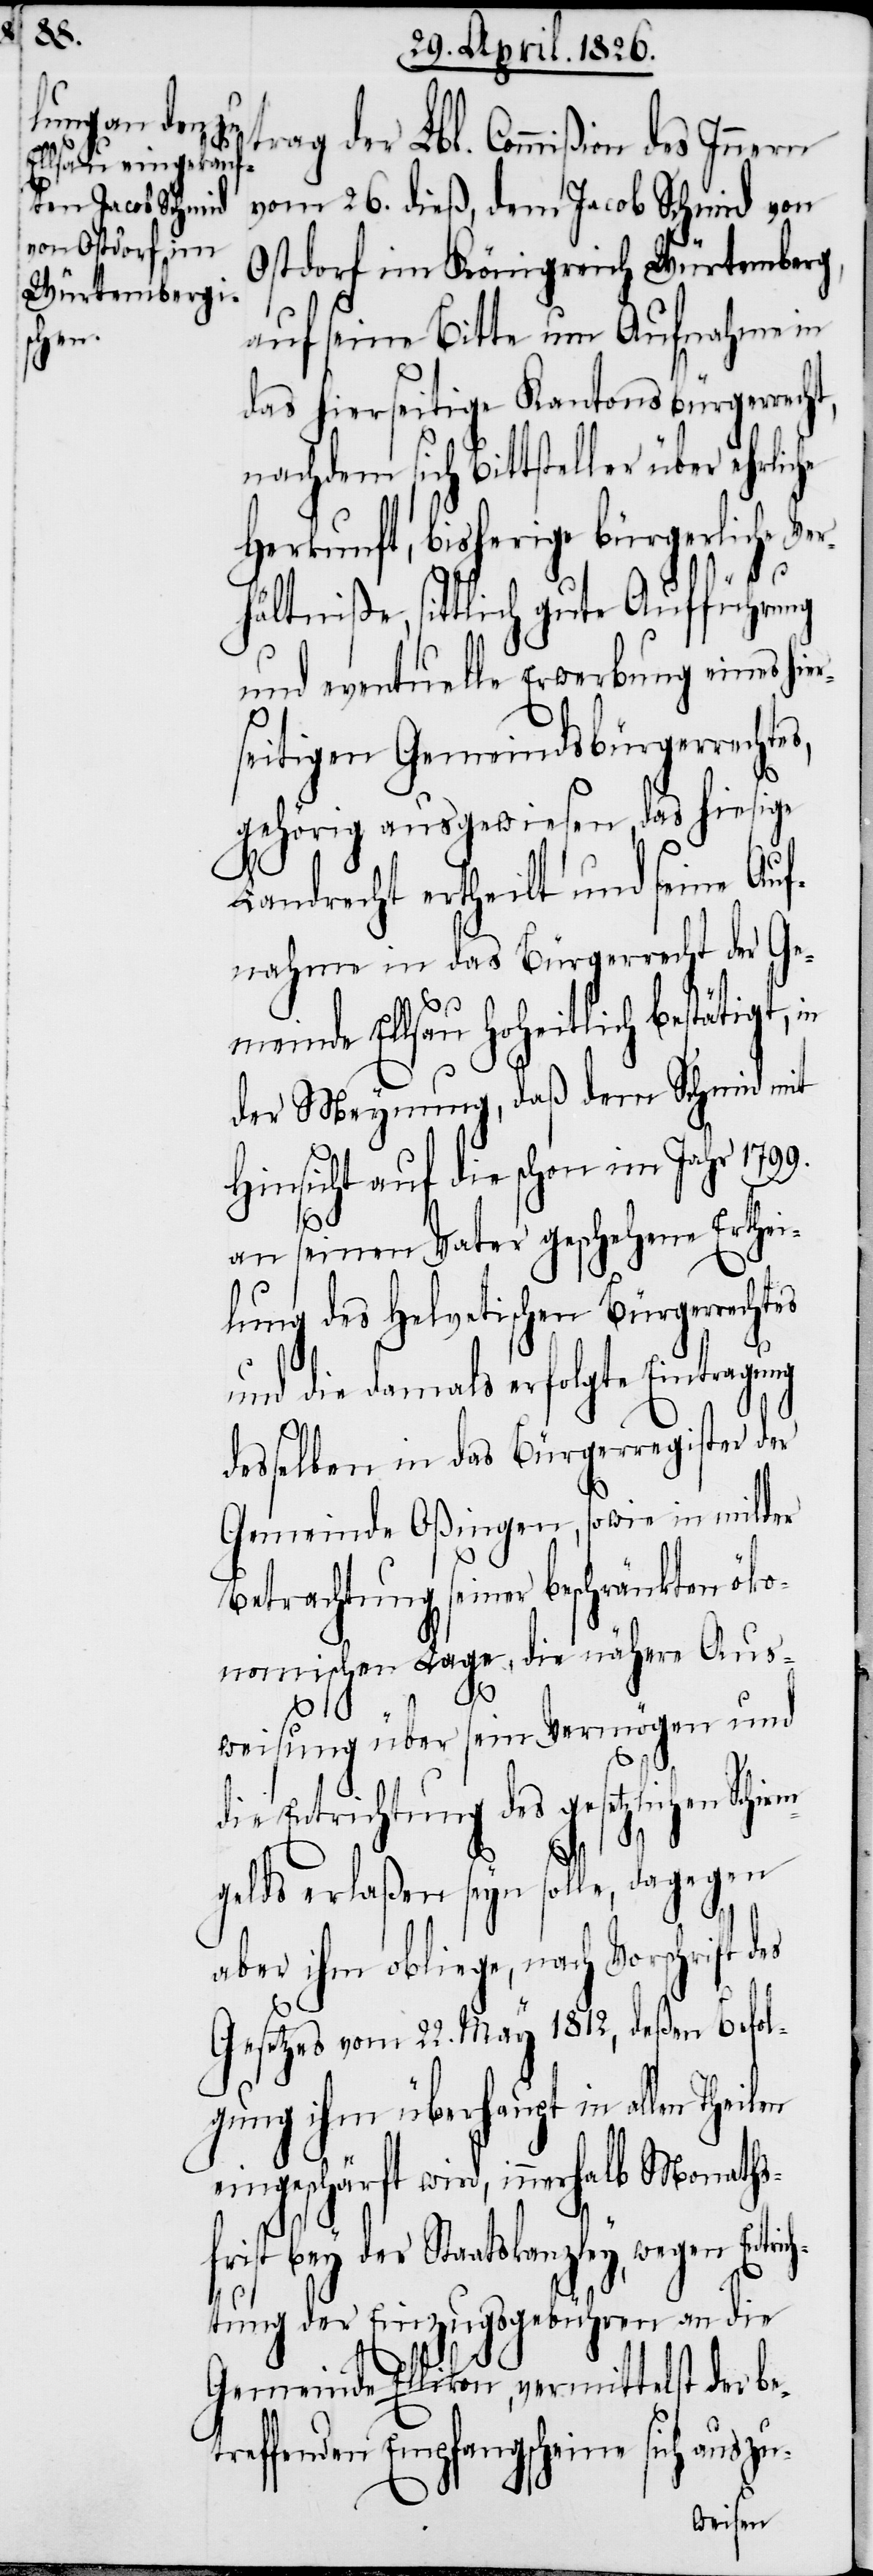
vom 26. dieß, dem Jacob Schmid von
Ostdorf im Königreich Würtemberg,
auf seine Bitte um Aufnahme in
das hierseitige Kantonsbürgerrecht,
nachdem sich Bittsteller über ehrliche
Herkunft, bisherige bürgerliche Ve¬
hältniße, sittlich gute Aufführung
und eventuelle Erwerbung eines hie¬
seitigen Gemeindsbürgerrechte¬
gehörig ausgewiesen, das hiesige
Landrecht ertheilt und seine Auf¬
nahme in das Bürgerrecht der Ge¬
meinde Ellsau hoheitlich bestätigt,
der Meynung, daß dem Schmid mit
Hinsicht auf die schon im Jahr 1799.
Entrich¬
an seinen Vater geschehene Erthei¬
lung des Helvetischen Bürgerrech¬
und die damals erfolgte Eintragung
desselben in das Bürgerregister der
Gemeinde Oßingen, sowie in milder
Betrachtung seiner beschränkten öko¬
nomischen Lage, die nähere Aus¬
et¬
weisung über sein Vermögen und
die Entrichtung des gesetzlichen Schirm¬
r¬
gelds erlaßen seyn solle, dagegen
aber ihm obliege, nach Vorschrift d¬
Gesetzes vom 22. May 1812. deßen Befol¬
gung ihm überhaupt in allen Theilen
eingeschärft wird, innerhalb Monaths¬
ist bey der Staatskanzley, wegen
tung der Einzugsgebühren an die
Gemeinde Ellikon, vermittelst der b¬
reffenden Empfangscheine sich auszu-